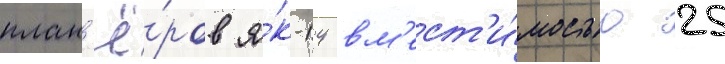
план'ё́ров я́к-14 вм'ест'и́мостью 25